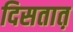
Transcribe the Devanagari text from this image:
दिसतात़